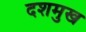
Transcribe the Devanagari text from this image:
दशमुख